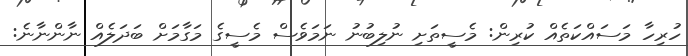
ހުރިހާ މަސައްކަތެއް ކުރިން: މެސީތަށި ނުލިބުނު ނަމަވެސް މެސީގެ މަގާމަށް ބަދަލެއް ނާންނާނެ: